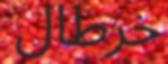
خرطال